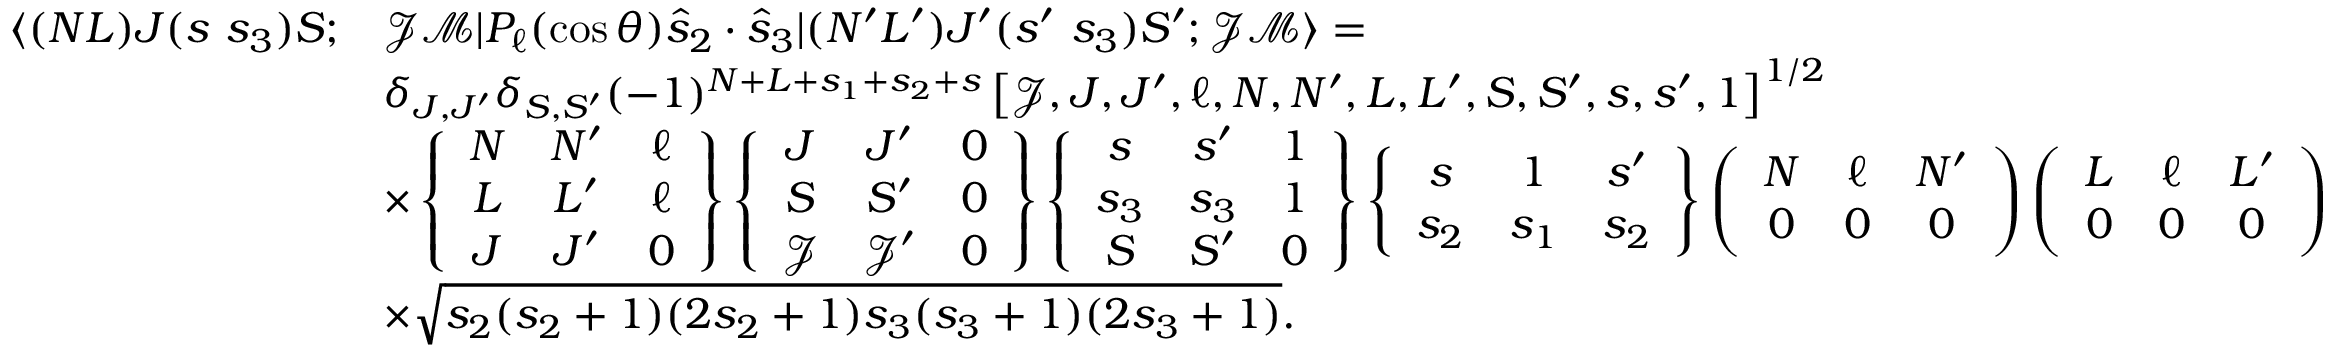
\begin{array} { r l } { \langle ( N L ) J ( s ~ s _ { 3 } ) S ; } & { \mathcal { J } \mathcal { M } | P _ { \ell } ( \cos \theta ) \hat { s } _ { 2 } \cdot \hat { s } _ { 3 } | ( N ^ { \prime } L ^ { \prime } ) J ^ { \prime } ( s ^ { \prime } ~ s _ { 3 } ) S ^ { \prime } ; \mathcal { J } \mathcal { M } \rangle = } \\ & { \delta _ { J , J ^ { \prime } } \delta _ { S , S ^ { \prime } } ( - 1 ) ^ { N + L + s _ { 1 } + s _ { 2 } + s } \left[ \mathcal { J } , J , J ^ { \prime } , \ell , N , N ^ { \prime } , L , L ^ { \prime } , S , S ^ { \prime } , s , s ^ { \prime } , 1 \right] ^ { 1 / 2 } } \\ & { \times \left\{ \begin{array} { c c c } { N } & { N ^ { \prime } } & { \ell } \\ { L } & { L ^ { \prime } } & { \ell } \\ { J } & { J ^ { \prime } } & { 0 } \end{array} \right\} \left\{ \begin{array} { c c c } { J } & { J ^ { \prime } } & { 0 } \\ { S } & { S ^ { \prime } } & { 0 } \\ { \mathcal { J } } & { \mathcal { J } ^ { \prime } } & { 0 } \end{array} \right\} \left\{ \begin{array} { c c c } { s } & { s ^ { \prime } } & { 1 } \\ { s _ { 3 } } & { s _ { 3 } } & { 1 } \\ { S } & { S ^ { \prime } } & { 0 } \end{array} \right\} \left\{ \begin{array} { c c c } { s } & { 1 } & { s ^ { \prime } } \\ { s _ { 2 } } & { s _ { 1 } } & { s _ { 2 } } \end{array} \right\} \left( \begin{array} { c c c } { N } & { \ell } & { N ^ { \prime } } \\ { 0 } & { 0 } & { 0 } \end{array} \right) \left( \begin{array} { c c c } { L } & { \ell } & { L ^ { \prime } } \\ { 0 } & { 0 } & { 0 } \end{array} \right) } \\ & { \times \sqrt { s _ { 2 } ( s _ { 2 } + 1 ) ( 2 s _ { 2 } + 1 ) s _ { 3 } ( s _ { 3 } + 1 ) ( 2 s _ { 3 } + 1 ) } . } \end{array}